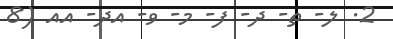
2. ލ- ތ- ދ- ފ- މ- ވ- އދ- އއ (8